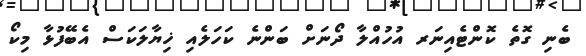
ބެނި ގޮތެ ކޮންޓެއިނަރ އުހުއްލާ ދޯނަށް ބަންނެ ކަހަލެއި ޚިޔާލަކަސް އެބޭފުޅާ މިކޯ